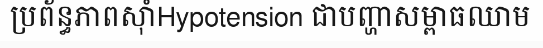
ប្រព័ន្ធភាពស៊ាំHypotension ជាបញ្ហាសម្ពាធឈាម